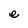
Character: e